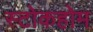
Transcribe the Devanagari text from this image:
स्टोकहोम